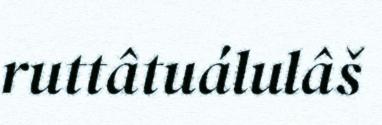
ruttâtuálulâš